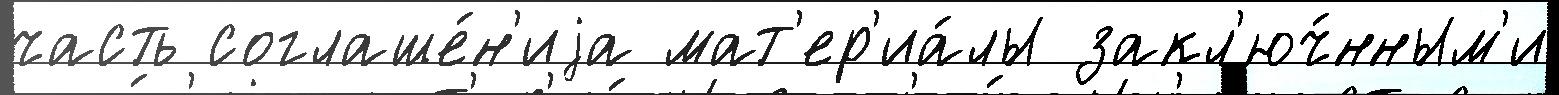
часть соглаше́н'иjа мат'ер'иа́лы закл'юч́нным'и